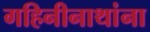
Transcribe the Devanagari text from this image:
गहिनीनाथांना